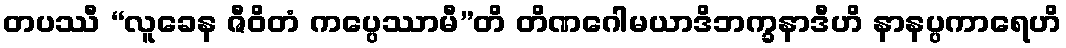
တပဿီ “လူခေန ဇီဝိတံ ကပ္ပေဿာမီ”တိ တိဏဂေါမယာဒိဘက္ခနာဒီဟိ နာနပ္ပကာရေဟိ